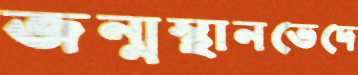
জন্মস্থানভেদে